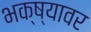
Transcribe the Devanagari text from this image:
भक्ष्यावर